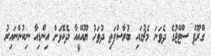
ގްރޫޕް ސްޓޭޖުގެ ދެވަނަ މެޗުގައި ބުރާސްފަތި ދުވަހު ޔޫއޭއީއާ ދެކޮޅަށް އިންޑިއާ ނިކުންނައިރު